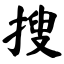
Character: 搜